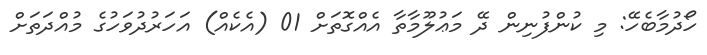
ހޯދުމާބެހޭ: މި ކުންފުނިން ދޭ މަޢުލޫމާތާ އެއްގޮތަށް 01 (އެކެއް) އަހަރުދުވަހުގެ މުއްދަތަށް